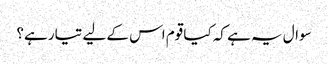
سوال یہ ہے کہ کیا قوم اس کے لیے تیار ہے؟